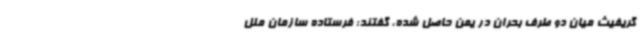
گریفیث میان دو طرف بحران در یمن حاصل شده، گفتند: فرستاده سازمان ملل